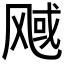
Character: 𬱿